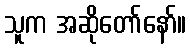
သူက အဆိုတော်နော်။